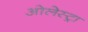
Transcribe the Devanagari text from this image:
ओलेस्ट्रा